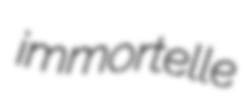
immortelle